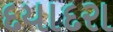
દયાદરા